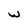
Character: W